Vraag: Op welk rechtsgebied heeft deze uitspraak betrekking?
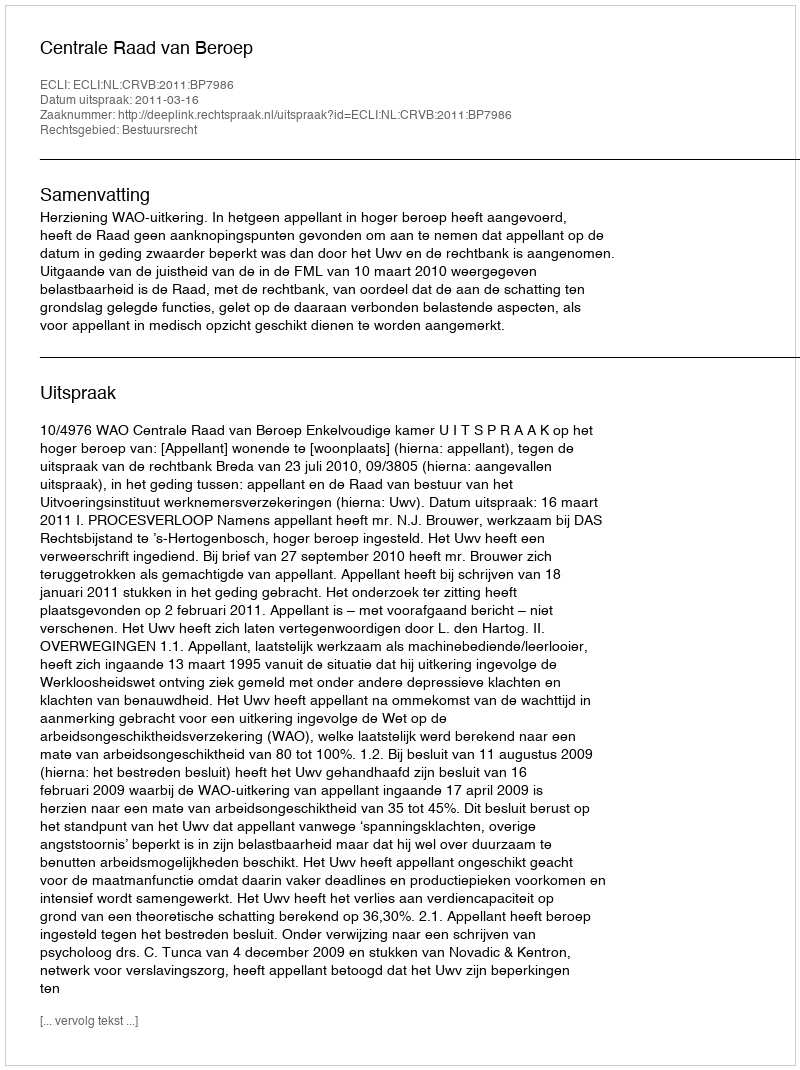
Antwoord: Bestuursrecht